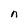
Character: n